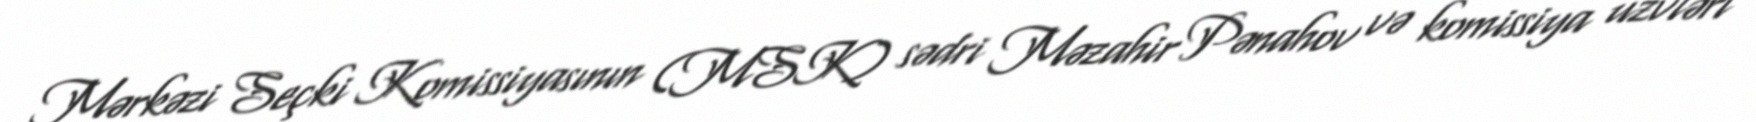
Mərkəzi Seçki Komissiyasının (MSK) sədri Məzahir Pənahov və komissiya üzvləri